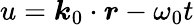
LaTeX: u=\boldsymbol{k}_{0}\cdot\boldsymbol{r}-\omega_{0}t